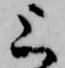
上